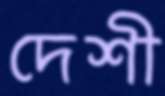
দেশী